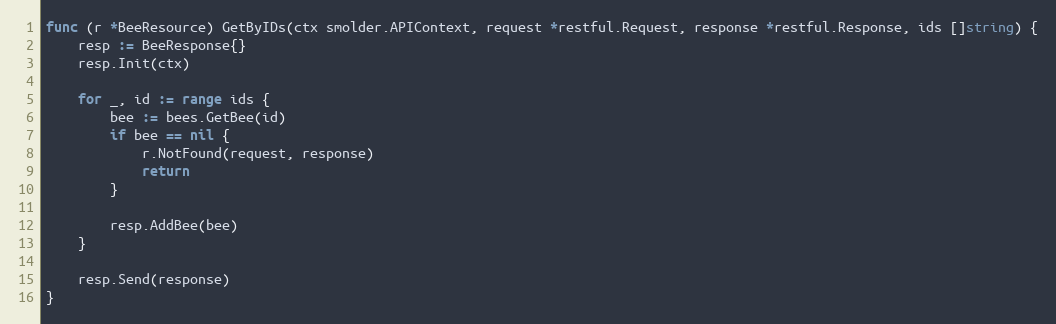
Language: Go
func (r *BeeResource) GetByIDs(ctx smolder.APIContext, request *restful.Request, response *restful.Response, ids []string) {
	resp := BeeResponse{}
	resp.Init(ctx)

	for _, id := range ids {
		bee := bees.GetBee(id)
		if bee == nil {
			r.NotFound(request, response)
			return
		}

		resp.AddBee(bee)
	}

	resp.Send(response)
}